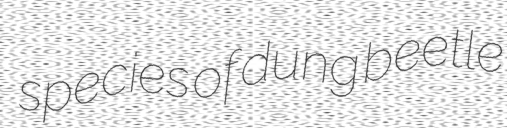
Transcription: species of dung beetle